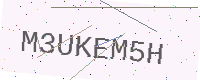
Text: M3UKEM5H